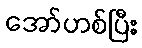
အော်ဟစ်ပြီး